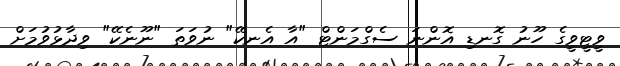
ވީޓީވީގެ ހޫނު ގޮނޑި އޮންނަ ސެގްމަންޓް "އާ އެނކޭ" ނުވަތަ "ނޫނެކޭ" ވިދާޅުވުމަށް